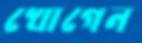
খোগেন